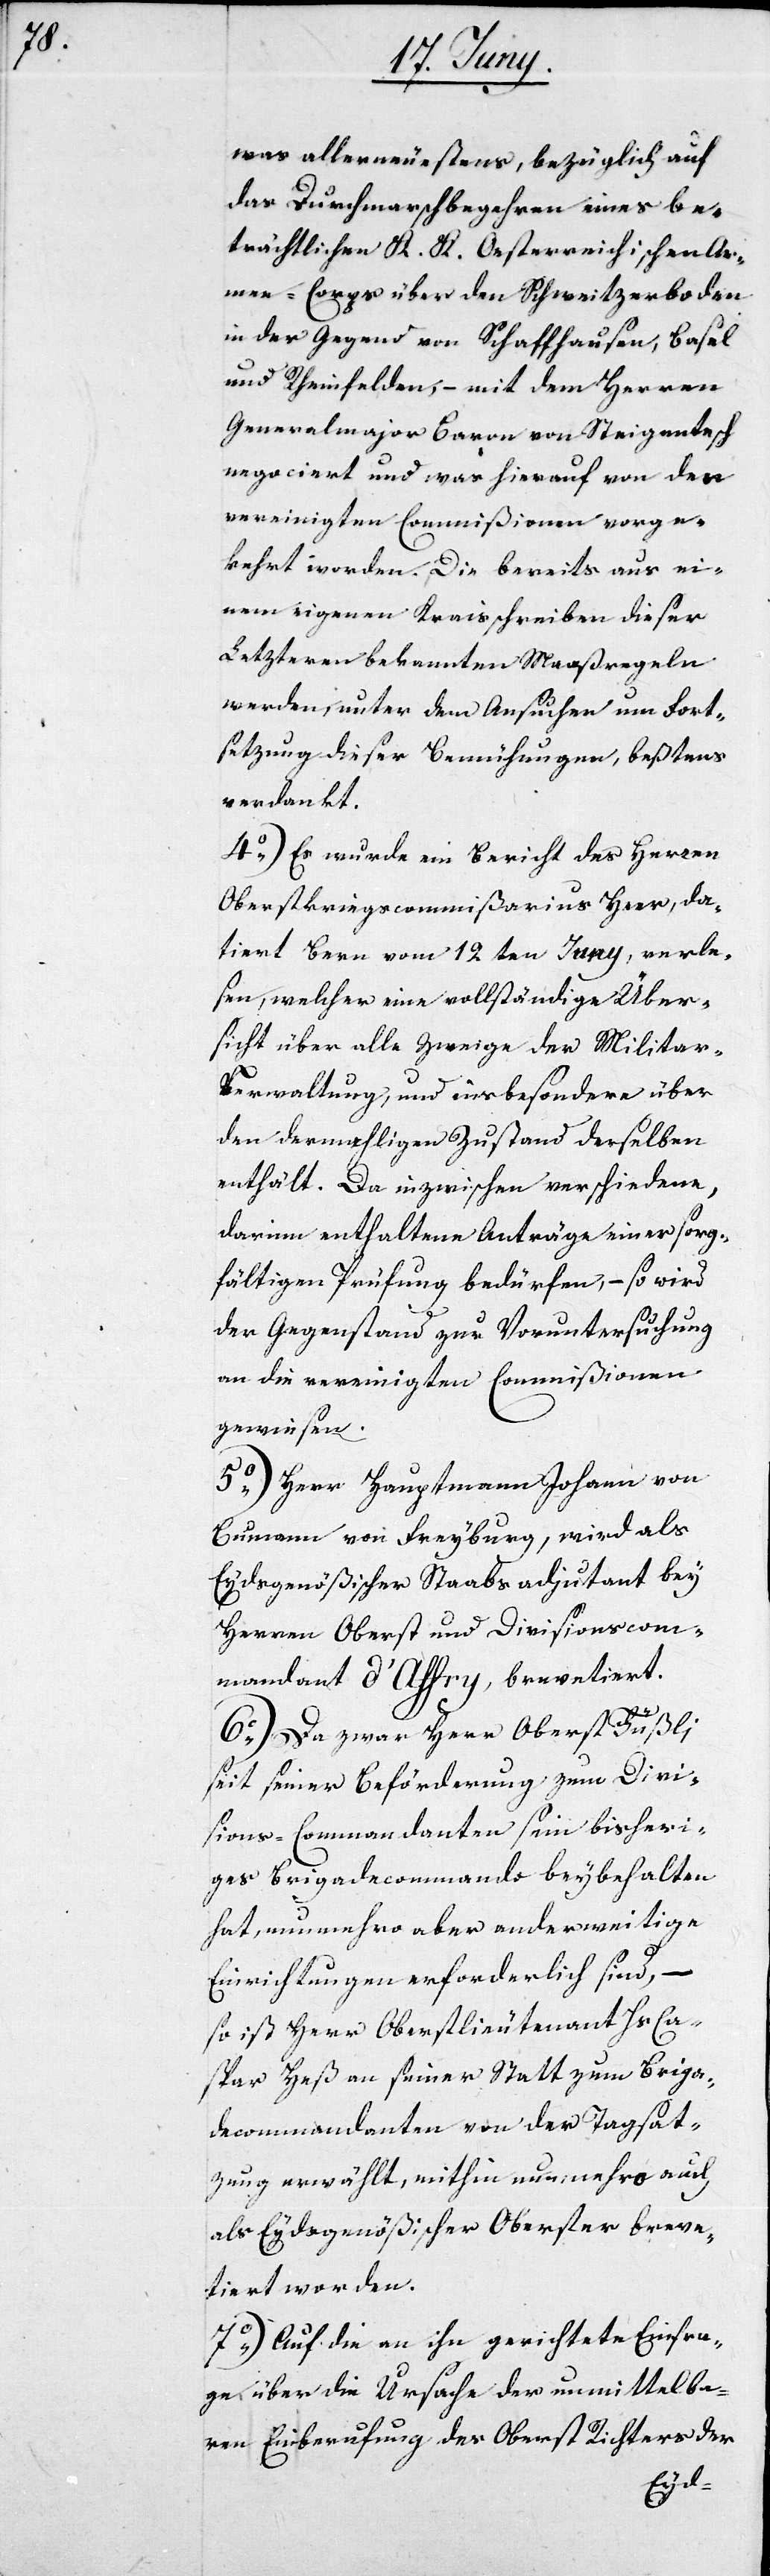
was allerneuestens, bezüglich auf
das Durchmarschbegehren eines be¬
trächtlichen K. K. Oesterreichischen Ar¬
mee-Corps über den Schweitzerboden
in den Gegend von Schaffhausen, Basel
und Rheinfelden, – mit dem Herren
Generalmajor Baron von Steigentesch
negociert und was hierauf von den
vereinigten Commißionen vorge¬
kehrt worden. Die bereits aus ei¬
nem eigenen Kreisschreiben dieser
Letzteren bekannten Maaßregeln
werden, unter dem Ansuchen um Fort¬
setzung dieser Bemühungen, beßtens
verdankt.
4o) Es wurde ein Bericht des Herren
Oberstkriegscommißarius Heer, da¬
tiert Bern vom 12ten Juny, verle¬
sen, welcher eine vollständige Über¬
sicht über alle Zweige der Militar-V¬
erwaltung, und insbesondere über
den dermahligen Zustand derselben
enthält. Da inzwischen verschiedene,
darinn enthaltene Anträge einer sorg¬
fältigen Prüfung bedürfen, – so wird
der Gegenstand zur Voruntersuchung
an die vereinigten Commißionen
gewiesen.
5o) Herr Hauptmann Johann von
Cumann von Freyburg, wird als
Eydsgenößischer Staabsadjutant bey
Herren Oberst und Divisionscom¬
mandant d’Affry, brevetiert.
6o) Da zwar Herr Oberst Füßli
seit seiner Beförderung zum Divi¬
sions-Commandanten sein bisheri¬
ges Brigadecommando beybehalten
hat, nunmehro aber anderweitige
Einrichtungen erforderlich sind,
so ist Herr Oberstlieutenant Hs[.]
spar Heß an seiner Statt zum Briga¬
decommandanten von der Tagsat¬
zung erwählt, mithin nunmehro auch
als Eydsgenößischer Oberster breve¬
tiert worden.
7o) Auf die an ihn gerichtete Einfra¬
ge über die Ursache der unmittelba¬
ren Einberufung des Oberst Richters der
Ca¬